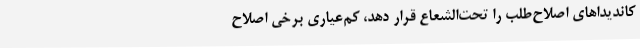
کاندیداهای اصلاح‌طلب را تحت‌الشعاع قرار‌ دهد، کم‌عیاری برخی اصلاح